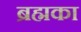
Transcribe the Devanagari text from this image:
ब्रह्मका